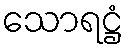
သောရဋ္ဌံ